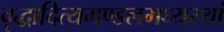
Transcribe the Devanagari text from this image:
वृद्धादित्यमण्डलमध्यस्थां